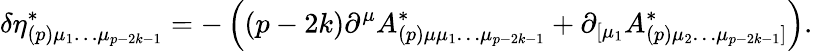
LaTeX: \delta\eta_{(p)\mu_{1}\ldots\mu_{p-2k-1}}^{*}=-\left(\left(p-2k\right)\partial^{\mu}A_{(p)\mu\mu_{1}\ldots\mu_{p-2k-1}}^{*}+\partial_{\left[\mu_{1}\right.}A_{(p)\left.\mu_{2}\ldots\mu_{p-2k-1}\right]}^{*}\right).